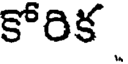
కోరిక